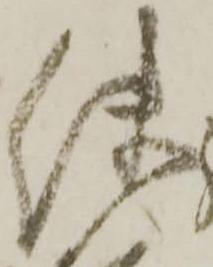
使